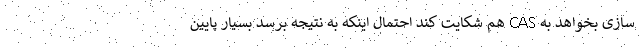
سازی بخواهد به CAS هم شکایت کند احتمال اینکه به نتیجه برسد بسیار پایین